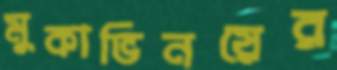
মুকাভিনয়ের